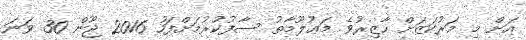
އަށް މި މަރުކަޒަށް ހާޒިރުވެ މަޢުލޫމާތު ސާފުކުރުމަށްފަހު 2016 ޖޫން 30 ވަނަ